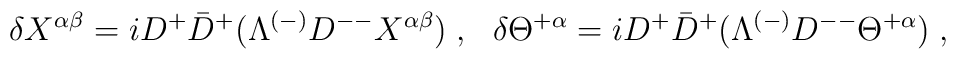
\delta X^{\alpha\beta}=iD^+\bar D^+ (\Lambda^{(-)}D^{--} X^{\alpha\beta})\;,\ \ \delta\Theta^{+\alpha}=iD^+\bar D^+(\Lambda^{(-)} D^{--} \Theta^{+\alpha})\;,